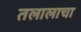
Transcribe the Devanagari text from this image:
तलालाचा